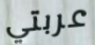
عربتي